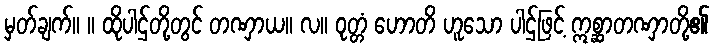
မှတ်ချက်။ ။ ထိုပါဌ်တို့တွင် တဏှာယ။ လ။ ဝုတ္တံ ဟောတိ ဟူသော ပါဌ်ဖြင့် ဣစ္ဆာတဏှာတို့၏